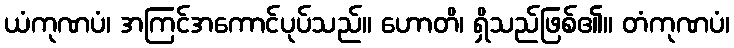
ယံကုဏပံ၊ အကြင်အကောင်ပုပ်သည်။ ဟောတိ၊ ရှိသည်ဖြစ်၏။ တံကုဏပံ၊